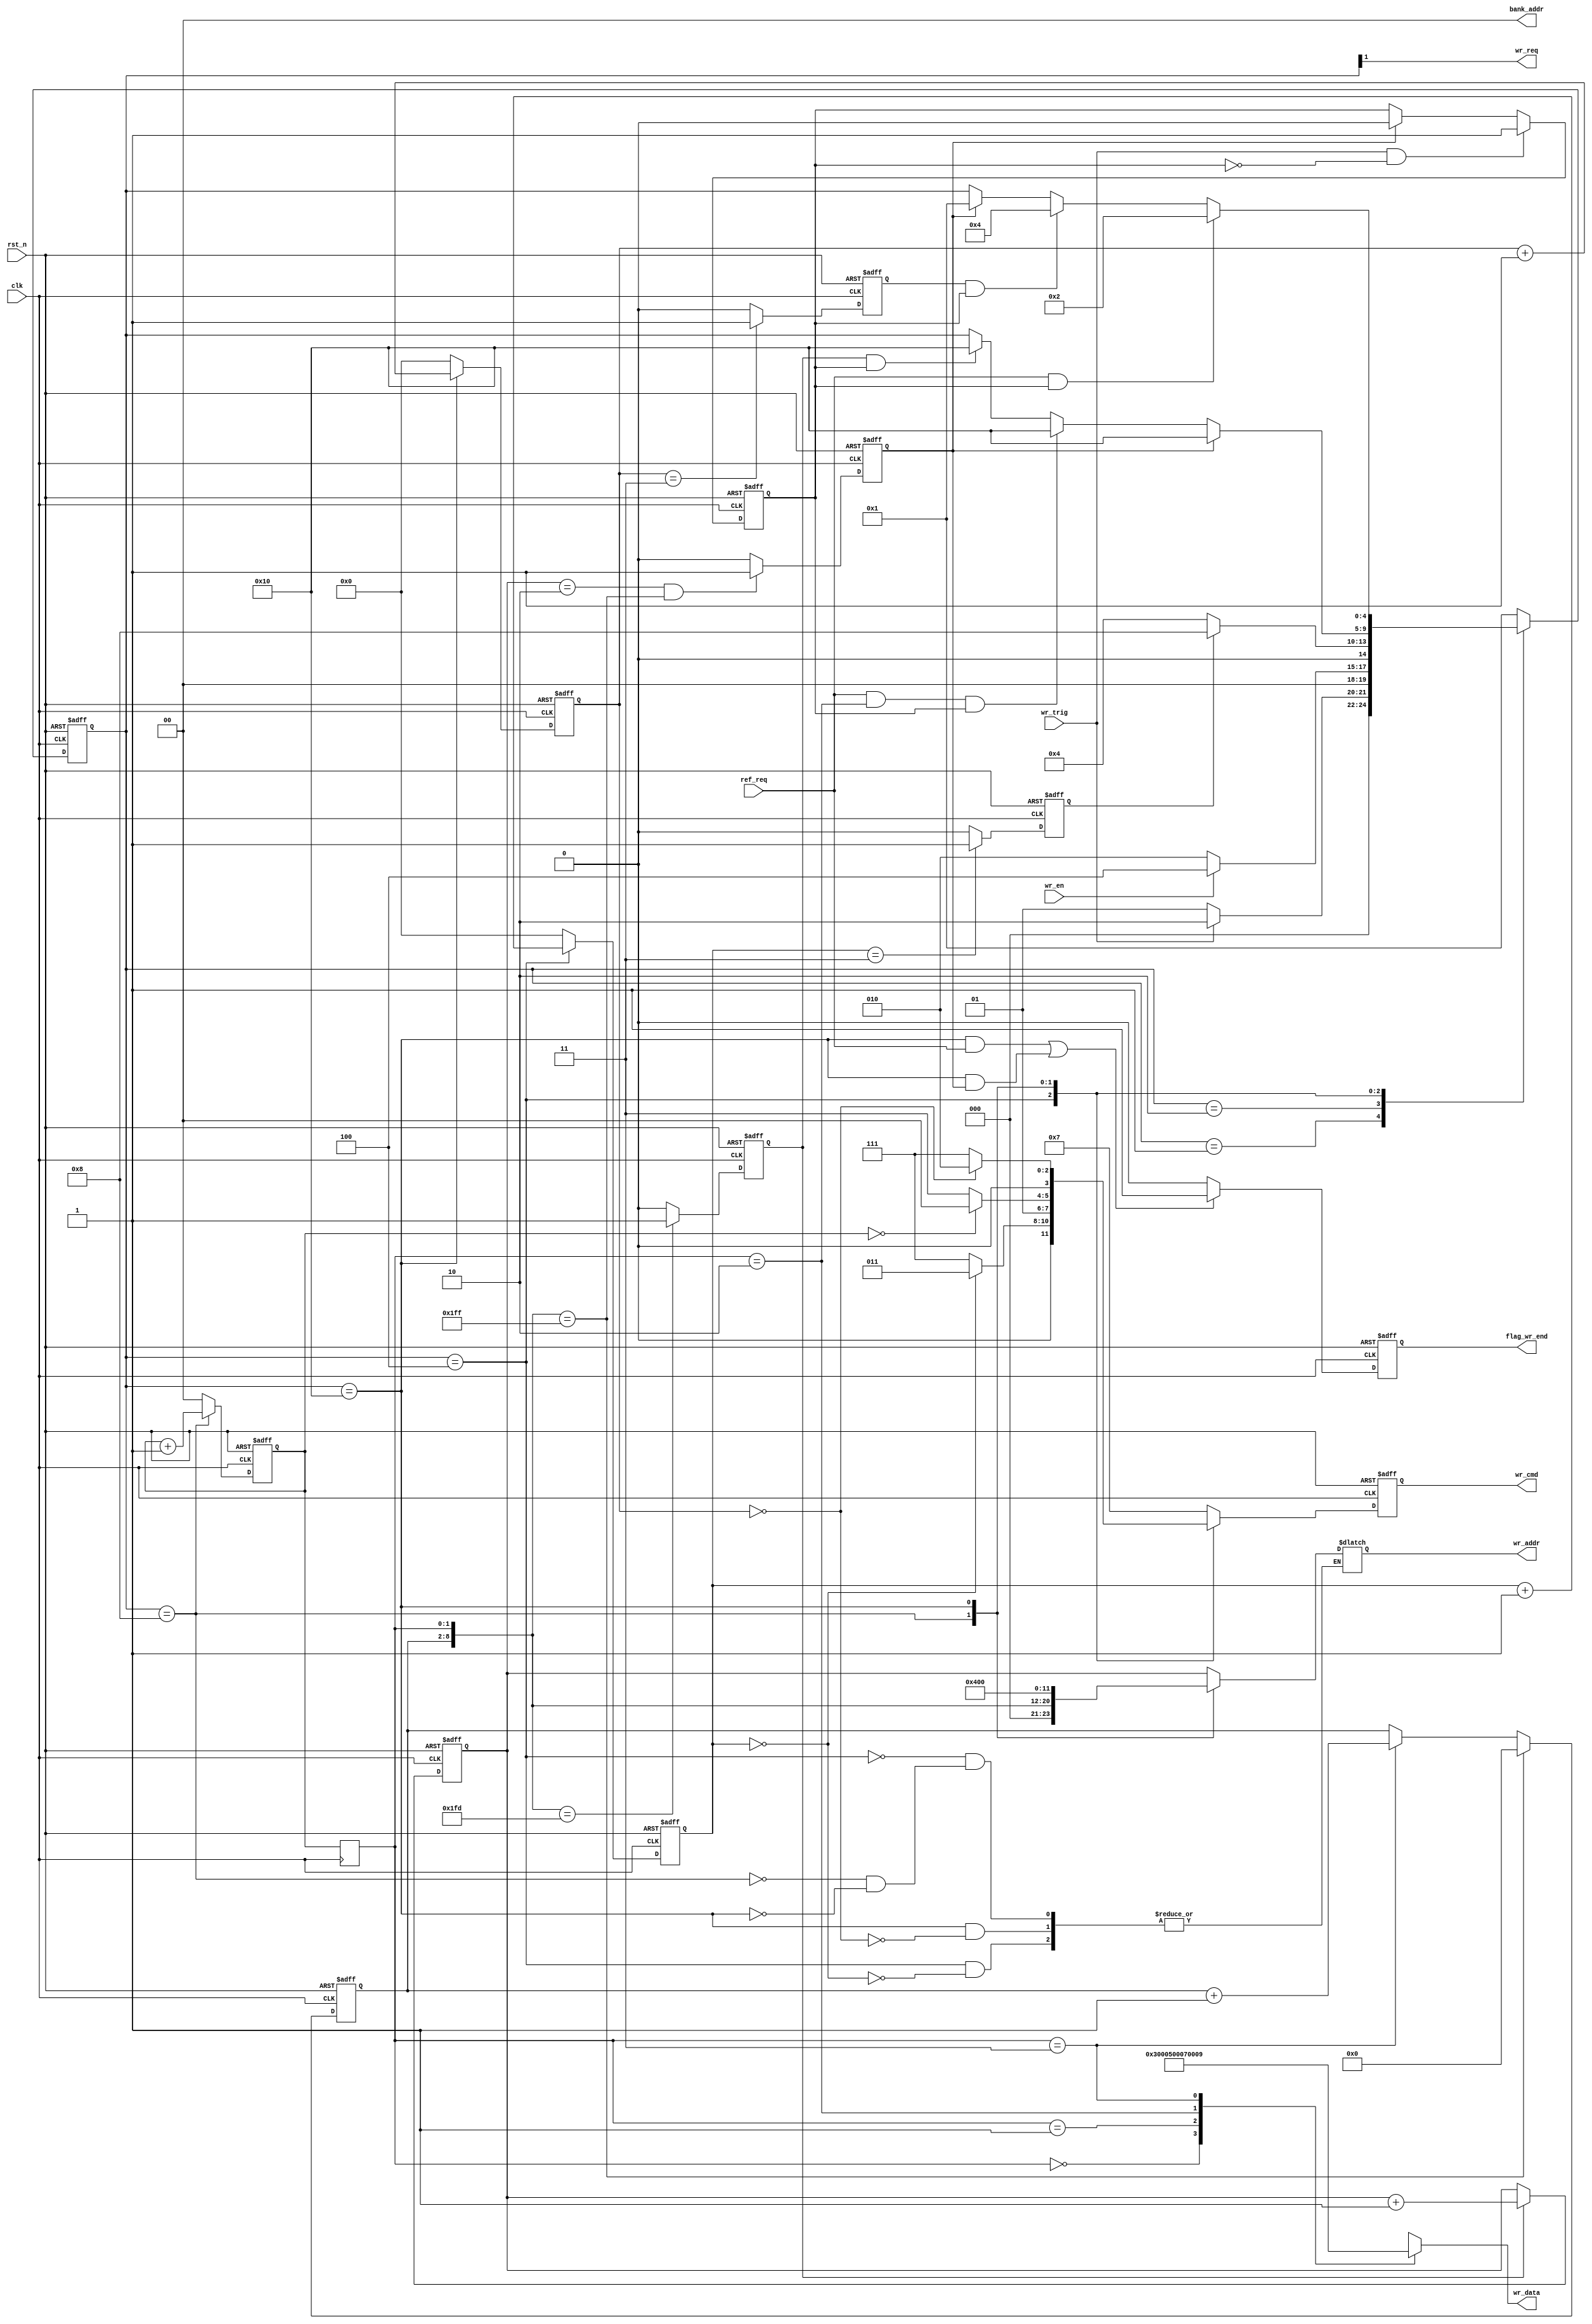
module  sdram_write(
    // system   signals
    input                clk         ,
    input                rst_n       ,
    //Communication with    TOP
    input                wr_en       ,
    output   wire         wr_req      ,
    output   reg         flag_wr_end ,
    //Others
    input                ref_req     ,
    input                wr_trig     ,
    //write interfaces
    output  reg [ 3:0]   wr_cmd      ,
    output  reg [11:0]   wr_addr     ,
    output  wire [ 1:0]   bank_addr  ,

    output	reg  [15:0]	  wr_data
);

//Define    state
localparam      S_IDLE      =   5'b0_0001   ;
localparam      S_REQ       =   5'b0_0010   ;
localparam      S_ACT       =   5'b0_0100   ;
localparam      S_WR        =   5'b0_1000   ;
localparam		S_PRE		=	5'b1_0000	;
//SDRAM	command
localparam		CMD_NOP  = 4'b0111;
localparam		CMD_PRE	 = 4'b0010;
localparam		CMD_AREF = 4'b0001;
localparam		CMD_ACT  = 4'b0011;	
localparam		CMD_WR   = 4'b0100;	

reg  [ 4:0]         state                   ;
reg                 flag_wr                 ;
//================================================
reg                 flag_act_end            ;
reg                 flag_pre_end            ;
reg                 sd_row_end              ;
reg  [ 1:0]         burst_cnt               ;
reg  [ 1:0]         burst_cnt_t             ;
reg                 wr_data_end             ;
//--------------------------------------------------
reg     [ 3:0]      act_cnt                 ;
reg     [ 3:0]      break_cnt               ;
reg     [ 6:0]      col_cnt                 ;
//---------------------------------------------------
reg     [11:0]      row_addr                ;
wire    [ 8:0]      col_addr                ;

//=================================================
//******************Main  Code*********************
//==================================================
always  @(posedge clk or negedge rst_n)begin
    if(rst_n==1'b0)begin
        flag_wr <= 0;
    end
    else if(wr_trig==1'b1 && flag_wr == 1'b0)begin
        flag_wr <= 1'b1;
    end
    else if(wr_data_end==1'b1)begin
        flag_wr <= 1'b0;
    end
end

always @(posedge clk or negedge rst_n)begin
	if(rst_n==1'b0)
		burst_cnt	<=	1'd0	;
	else if(state == S_WR)
		burst_cnt	<=	burst_cnt	+	1;
	else
		burst_cnt	<=	1'd0	;
end

always @(posedge clk)begin
		burst_cnt_t	<=	burst_cnt	;	
end



//----------------STATE---------------------------------
always  @(posedge clk or negedge rst_n)begin
    if(rst_n==1'b0)begin
        state   <=  S_IDLE  ;
    end
    else begin
        case(state)
                S_IDLE:
                        if(wr_trig == 1'b1)
                                state   <=  S_REQ   ;
                        else
                                state   <=  S_IDLE  ;
                S_REQ:
                        if(wr_en == 1'b1)
                                state   <=  S_ACT   ;
                        else    
                                state   <=  S_REQ   ;
                S_ACT:
                        if(flag_act_end ==1'b1)
                                state   <=  S_WR    ;
                        else    
                                state   <=  S_ACT   ;
                S_WR:
                        if(wr_data_end==1'b1)
                                state   <=  S_PRE   ;
                        else if(ref_req==1'b1&&burst_cnt_t=='d2&&flag_wr==1'b1)
                                state   <=  S_PRE   ;
                        else if(sd_row_end==1'd1&&flag_wr==1'b1)
                                state   <=  S_PRE   ;
                S_PRE:
                        if(ref_req==1'b1&&flag_wr==1'b1)
                                state   <=  S_REQ   ;
                        else if(flag_pre_end==1'b1&&flag_wr==1'b1)
                                state   <=  S_ACT   ;
                        else if(wr_data_end == 1'b1)
                                state   <=  S_IDLE  ;
                default:
                                state   <=  S_IDLE  ;
                    
        endcase
    end
end

always @(posedge clk or negedge rst_n)begin
	if(rst_n==1'b0)
		wr_cmd	<=	CMD_NOP	;
	else case(state)
			S_ACT:
					if(act_cnt == 'd0)
						wr_cmd <= CMD_ACT	;
					else
						wr_cmd <= CMD_NOP	;
			S_WR:	
					if(burst_cnt == 'd0)
						wr_cmd <= CMD_WR	;
					else
						wr_cmd <= CMD_NOP	;
			S_PRE:
					if(break_cnt =='d0)
						wr_cmd	<=	CMD_PRE	;
					else
						wr_cmd	<=	CMD_NOP	;
			default:
						wr_cmd  <=  CMD_NOP  ;
	endcase
end




always @(*)begin
    case(state)
		S_ACT:
				if(act_cnt=='d0)
					wr_addr <= row_addr	;
		S_WR:	
				wr_addr <= {3'b000,col_addr}	;
		S_PRE:
				if(break_cnt == 'd0)
					wr_addr	<=	{12'b0100_0000_0000};
	endcase
end

always @(posedge clk or negedge rst_n)begin
	if(rst_n==1'b0)
		flag_act_end	<=	1'b0;
	else if(act_cnt=='d3)
		flag_act_end	<=	1'b1;  
	else
		flag_act_end	<=	1'b0;
end

always @(posedge clk or negedge rst_n)begin
	if(rst_n==1'b0)
		act_cnt	<=	'd0				;
	else if(state==S_ACT)
		act_cnt <=	act_cnt	+	1	;                                         
	else
		act_cnt	<=	1'b0			;
end

always @(posedge clk or negedge rst_n)begin
	if(rst_n==1'b0)
		flag_wr_end	<=	1'b0	;
	else if(state==S_PRE && ref_req == 1'b1||state==S_PRE&&wr_data_end==1)
		flag_wr_end	<=	1'b1	;
	else
		flag_wr_end	<=	1'b0	;
end

always @(posedge clk or negedge rst_n)begin
	if(rst_n==1'b0)
		flag_pre_end	<=	1'b0	;
	else if(break_cnt=='d3)
		flag_pre_end	<=	1'b1	;
	else
		flag_pre_end	<=	1'b0	;
end

always @(posedge clk or negedge rst_n)begin
	if(rst_n==1'b0)
		break_cnt	<=	1'd0	;
	else if(state==S_PRE)
		break_cnt	<=	break_cnt	+	1;
	else
		break_cnt	<=	1'd0	;
end

always @(posedge clk or negedge rst_n)begin
	if(rst_n==1'b0)
		wr_data_end	<=	1'b0	;
	else if(row_addr == 'd2 && col_addr == 'd511)    //
		wr_data_end <=	1'b1	;
	else
		wr_data_end	<=	1'b0	;
end



always @(posedge clk or negedge rst_n)begin
	if(rst_n==1'b0)
			col_cnt	<=	'd0	;
	else if(col_addr=='d511)
			col_cnt <=	 'd0;
	else if(burst_cnt_t=='d3)
			col_cnt <= col_cnt + 1;
end

always @(posedge clk or negedge rst_n)begin
	if(rst_n==1'b0)
			sd_row_end	<=	'b0	;
	else if(col_addr=='d509)
			sd_row_end <=	 'b1;
	else 
			sd_row_end <= 'b0;
end
//==========================
always @(*)begin
	case(burst_cnt_t)
			0:		wr_data	<=	'd3		;
			1:		wr_data	<=	'd5		;
			2:		wr_data	<=	'd7		;
			3:		wr_data	<=	'd9		;
	endcase
end
//=========================


always @(posedge clk or negedge rst_n)begin
	if(rst_n==1'b0)
			row_addr	<=	'd0	;
	else if(sd_row_end==1'b1)
			row_addr	<=	row_addr	+	1;
end

assign	col_addr	=	{col_cnt,burst_cnt_t}	;
assign	bank_addr	=	2'b00;
assign  wr_req      =   state[1]	;


endmodule